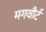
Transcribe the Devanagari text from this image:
मगवौर्ट